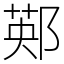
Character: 䣐